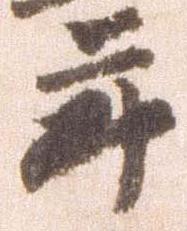
年